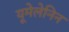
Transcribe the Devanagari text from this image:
यूमेलेनिन